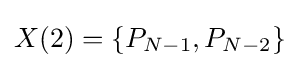
X(2)=\{P_{N-1},P_{N-2}\}